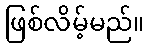
ဖြစ်လိမ့်မည်။